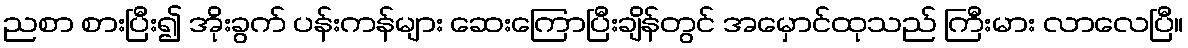
ညစာ စားပြီး၍ အိုးခွက် ပန်းကန်များ ဆေးကြောပြီးချိန်တွင် အမှောင်ထုသည် ကြီးမား လာလေပြီ။